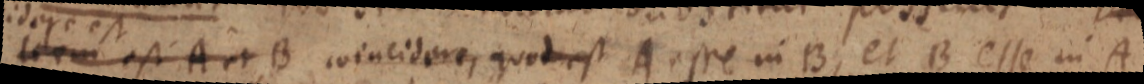
idem est A et B coincidere, quod est A este in B, et B esse in A